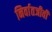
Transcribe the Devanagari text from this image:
निर्वातजीवी